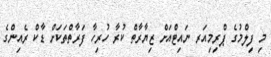
މި ފިލްމުގެ ޕްރިމިއަރ ނައިޓްއަށް ޒިޔާރާތް ކުރާ ހުރިހާ ފަރާތްތަކަށް ޑާކް ރެއިންގެ